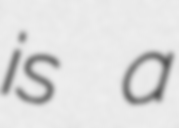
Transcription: is a